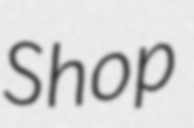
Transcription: Shop